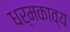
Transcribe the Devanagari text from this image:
धर्मकाव्य